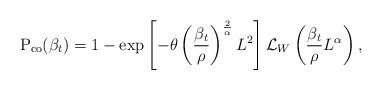
LaTeX: \begin{align*} \textrm{P}_\textrm{co} (\beta_t) = 1- \exp \left[ - \theta \left(\frac{\beta_t}{\rho}\right)^{\frac{2}{\alpha}} L^2 \right] \mathcal{L}_{W} \left( \frac{\beta_t}{\rho} L^\alpha \right),\end{align*}